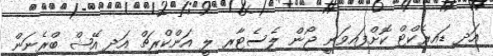
އަދި ޑައިރެކްޓް ކޮށްފައިވަނީ ޖޯން ލެސެޓާރ ލީ އަންކްރިޗް އަދި އޭޝް ބްރެނަން